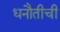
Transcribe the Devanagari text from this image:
धनौतीची